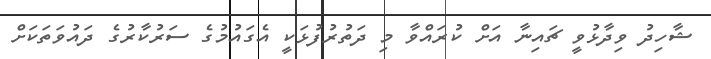
ޝާހިދު ވިދާޅުވީ ޗައިނާ އަށް ކުރައްވާ މި ދަތުރުފުޅަކީ އެގައުމުގެ ސަރުކާރުގެ ދައުވަތަކަށް